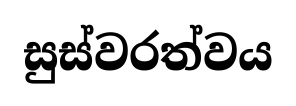
සුස්වරත්වය